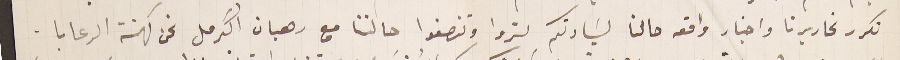
نكرر تحاريرنا واخبار واقع حالنا لسَيادتكم لتروا وتنصفوا حالتنا مع رهبان اكرمل نحن كهنة الرعايا.